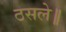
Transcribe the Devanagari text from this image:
ठसले॥